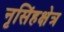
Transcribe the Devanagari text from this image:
नृसिंहक्षेत्र